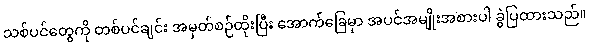
သစ်ပင်တွေကို တစ်ပင်ချင်း အမှတ်စဉ်ထိုးပြီး အောက်ခြေမှာ အပင်အမျိုးအစားပါ ခွဲပြထားသည်။